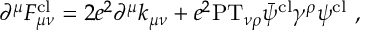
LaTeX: \partial ^ { \mu } F _ { \mu \nu } ^ { \mathrm { c l } } = 2 e ^ { 2 } \partial ^ { \mu } k _ { \mu \nu } + e ^ { 2 } \mathrm { P T } _ { \nu \rho } \bar { \psi } ^ { \mathrm { c l } } \gamma ^ { \rho } \psi ^ { \mathrm { c l } } \ ,